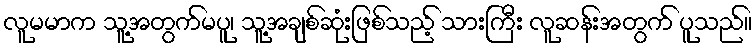
လူမမာက သူ့အတွက်မပူ၊ သူ့အချစ်ဆုံးဖြစ်သည့် သားကြီး လူဆန်းအတွက် ပူသည်။